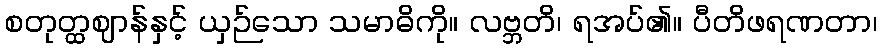
စတုတ္ထဈာန်နှင့် ယှဉ်သော သမာဓိကို။ လဗ္ဘတိ၊ ရအပ်၏။ ပီတိဖရဏတာ၊